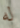
له